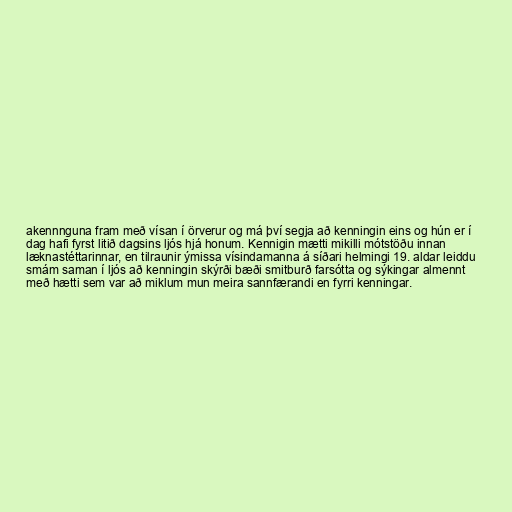
akennnguna fram með vísan í örverur og má því segja að kenningin eins og hún er í
dag hafi fyrst litið dagsins ljós hjá honum. Kennigin mætti mikilli mótstöðu innan
læknastéttarinnar, en tilraunir ýmissa vísindamanna á síðari helmingi 19. aldar leiddu
smám saman í ljós að kenningin skýrði bæði smitburð farsótta og sýkingar almennt
með hætti sem var að miklum mun meira sannfærandi en fyrri kenningar.